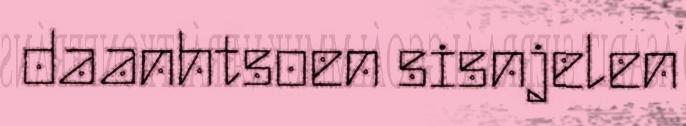
daanhtsoen sisnjelen